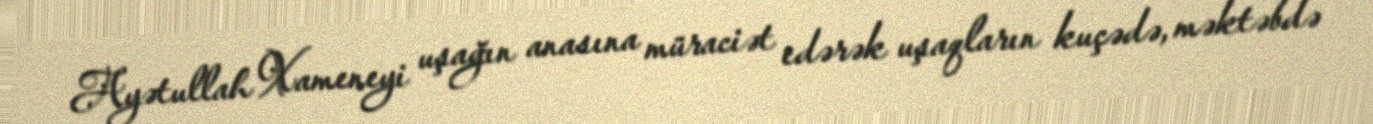
Ayətullah Xameneyi uşağın anasına müraciət edərək uşaqların kuçədə, məktəbdə